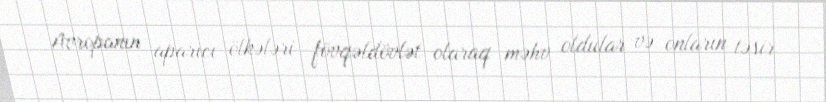
Avropanın aparıcı ölkələri fövqəldövlət olaraq məhv oldular və onların təsir